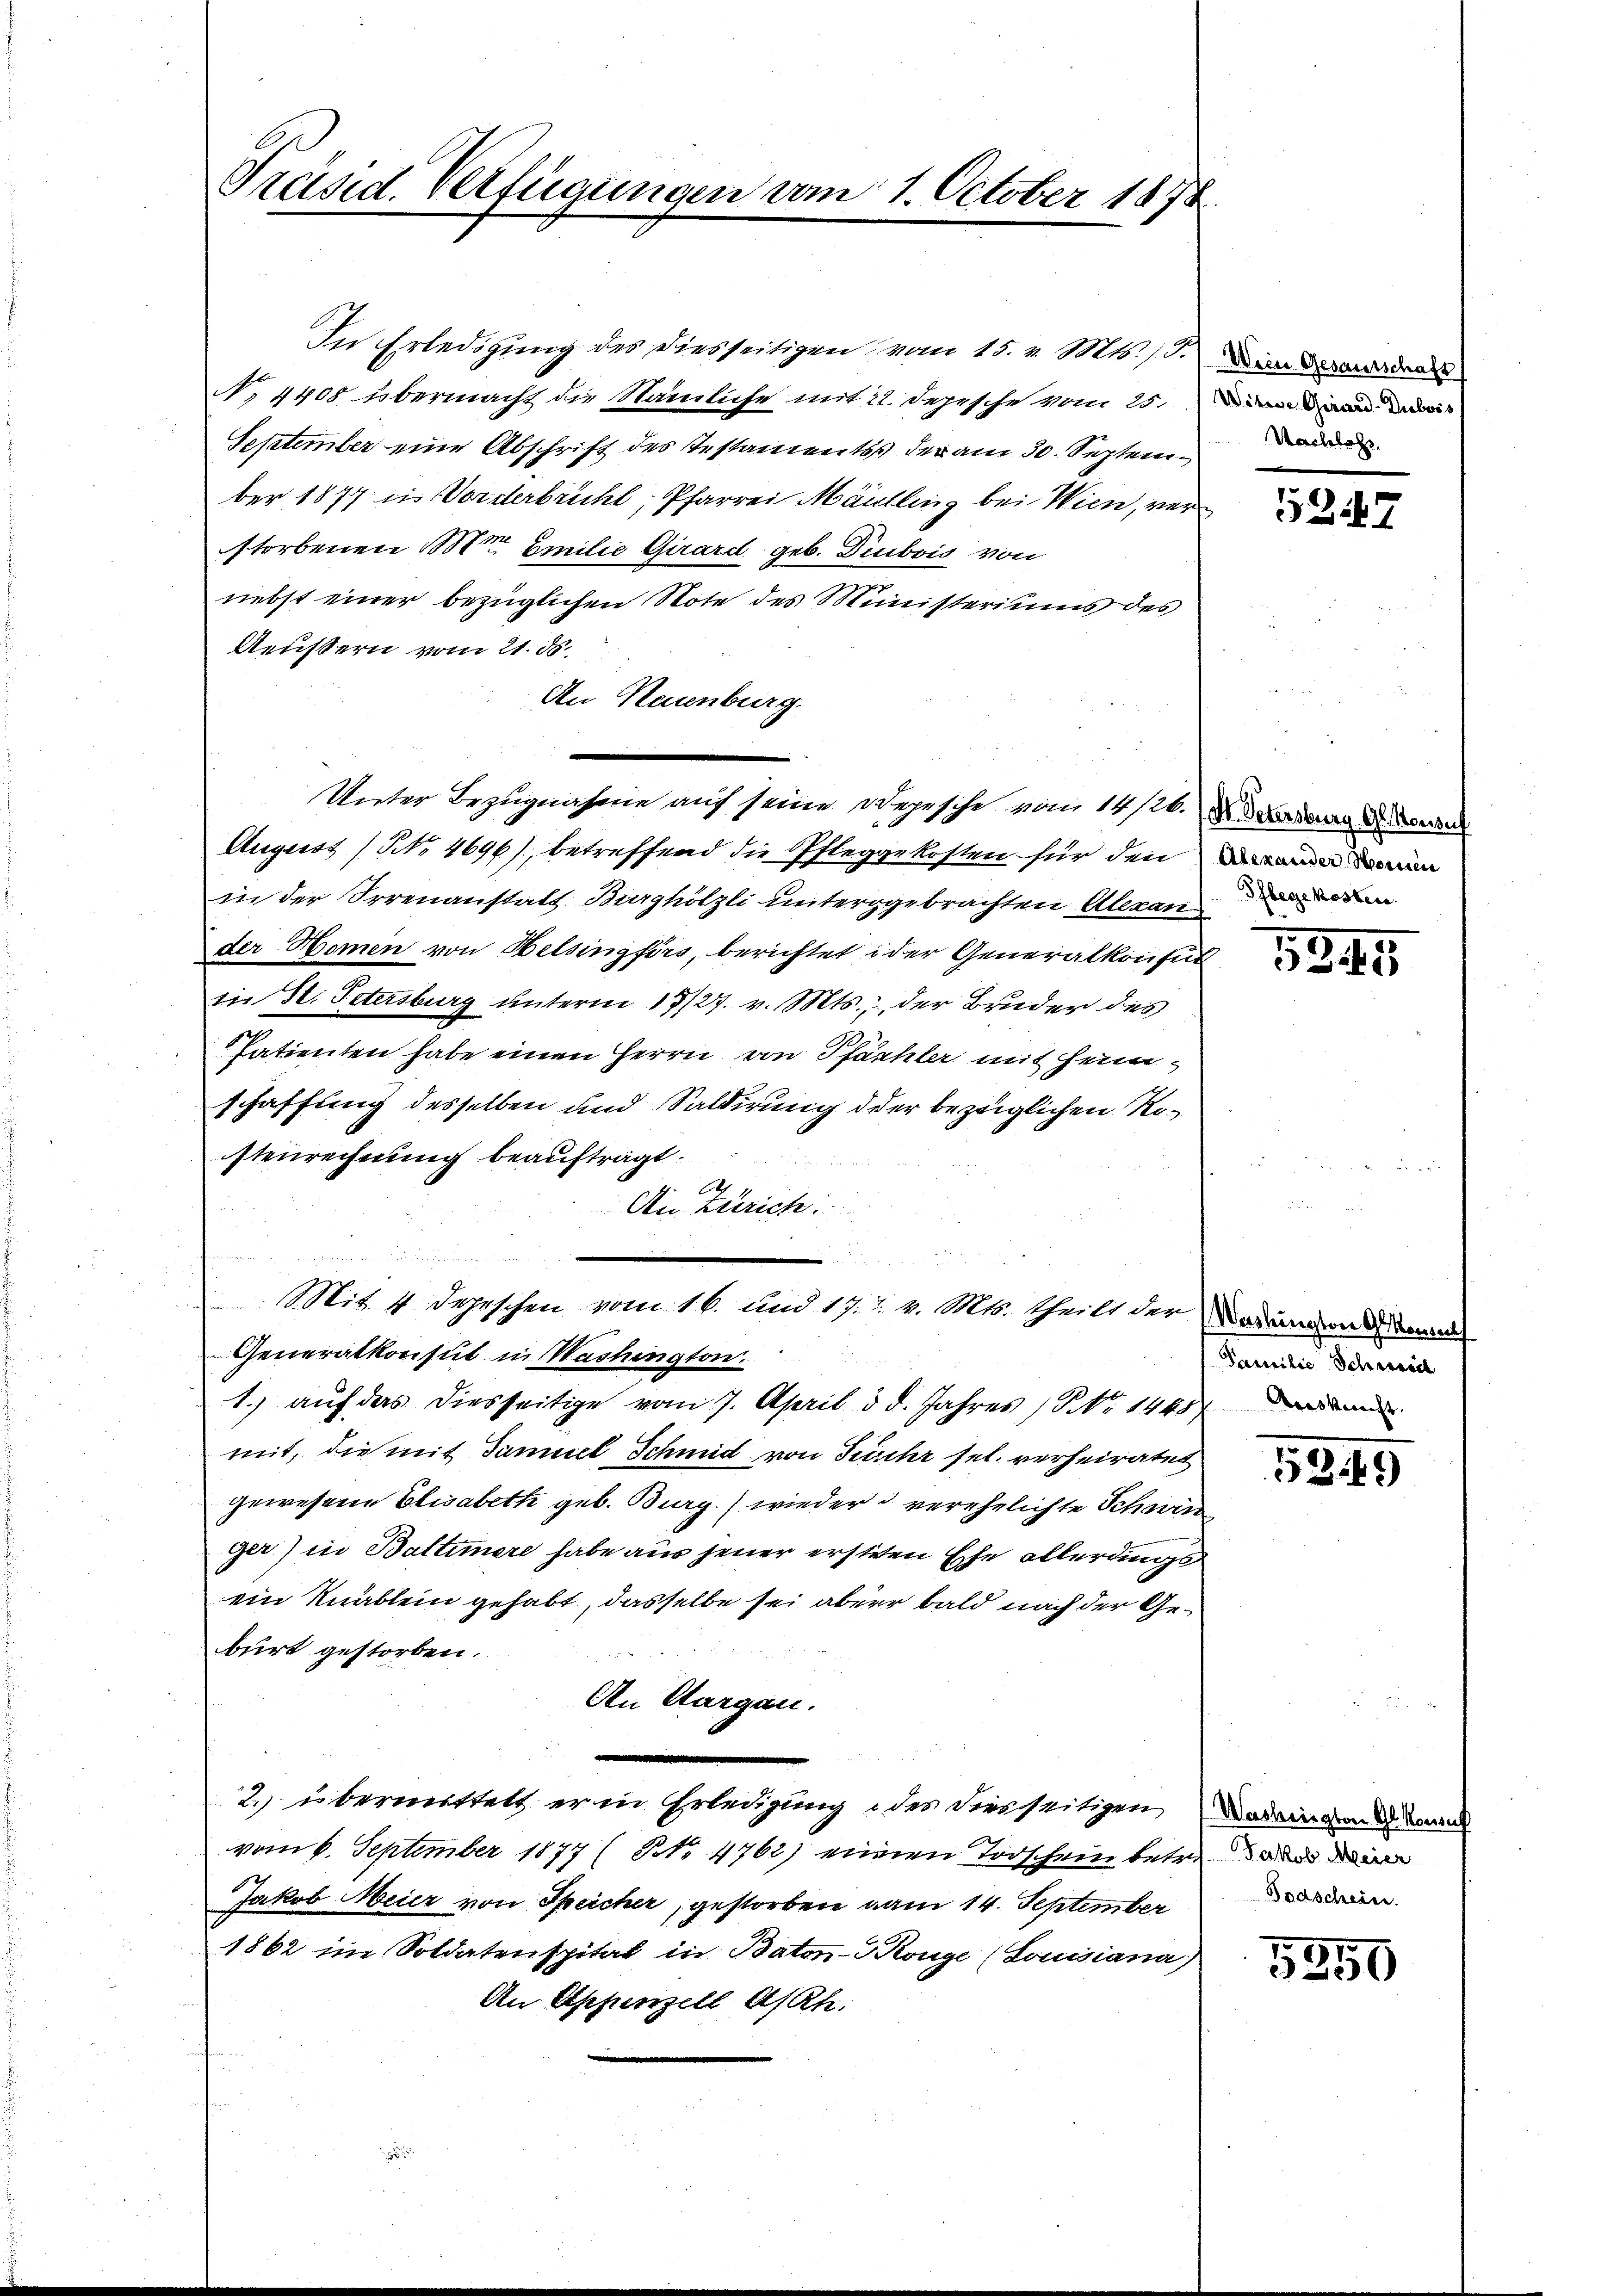
Präsid. Verfügungen vom 1. October 1872.

In Erledigung des diesseitigen vom 15. v. Mts. 15.
N. 4408 übermacht die Nämliche mit 22. Depesche vom 25. dann die
September eine Abschrift des Testaments der am 30. September 1877 in Vorderbrücht, Pfarrei Mäulling bei Wien, verstorbenen Mit Emilie Girard geb. Diubois von
nebst einer bezüglichen Note des Ministeriums des
Aeußern vom 21. ds.
An Neuenburg.
.
August (Nr. 4696), betreffend die Pfleggekosten für den einen
in der Irrenanstalt Burghölzli untergebrachten Alexander Homen von Helsingfirs, berichtet der Generalkonsul
in St. Petersburg unterm 17/27. v. Mts., der Bruder des
Patienten habe einen Herrn von Pfähler mit Heimschaffung desselben und Saldirung der bezeiglichen Rostenrechnung beaufträgt.
6
An Zürich
Mit 1. Depeschen vom 16. und 17. 7. v. Mts. theils der Vorandon den
Generalkonsul in Washington.
1. aŭf das diesseitige vom 7. April d. d. Jahres (N. 1448
mit, die mit Samuel Schmid von Furch sel. verheiratet
gewesene Elisabeth geb. Burg) wieder verehelichte Schwin
ger) in Battimere habe aus jener ersteten Ehe allerdings
ein Knablein gehabt, dasselbe sei aber bald nach der Geburt gestorben.
An Aargau.
2. übermittelt er in Erledigung des diesseitigen
vom 6. September 1877 (No 4762) einen Todschein betre an d
Jakob Meier von Speicher, gestorben vom 14. September
1862 in Soldatenspital in Baton-Conge (Louisiana)
An Appenzell A/Rh.

Unter Bezugnahme auch seine Depesche vom 14/26. d. Verdra d Beden

Wein Gesaurschaft
Nachlehr

5247

Pflegekosten.

5345

Familie Schwerd

5249

Washington Gl. Konsul
Todschein.

5350